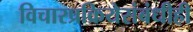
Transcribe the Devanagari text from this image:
विचारप्रक्रियेसंबंधीही